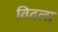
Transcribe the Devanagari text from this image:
विदला